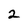
Character: 2